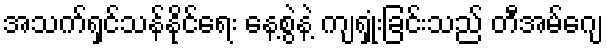
အသက်ရှင်သန်နိုင်ရေး နေ့စွဲနဲ့ ကျရှုံးခြင်းသည် တီအမ်ဂျေ